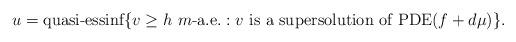
LaTeX: \begin{align*}u= \mbox{\rm quasi-essinf}\{v\ge h\,\, m\mbox{-a.e.}: v\mbox{ is a supersolution of \rm PDE}(f+d\mu)\}.\end{align*}